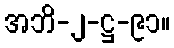
အဘိ-၂-ဋ္ဌ-၉၁။